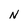
Character: N